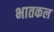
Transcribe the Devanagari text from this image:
भातकल